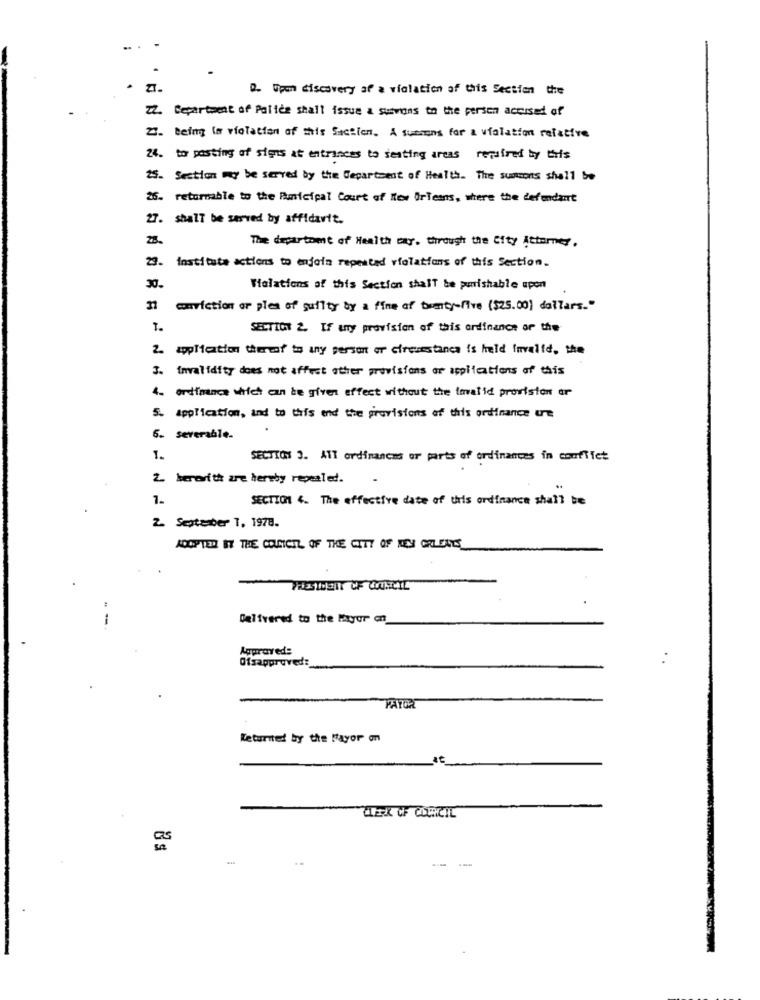
D. Upon discovery af a violation of this Section the
Z2. Department of Police shall issue a susvions to the person accused of
27. being In violation of this Sactien, A sutrons for a violation refatfre
24. to posting of signs at entrances to seating areas required by this
25. Section my be served by the department of Health. The summons shall be
26. returnable to the Municipal Court of New Orleans, where the defendant
27. shall be served by affidavit.
The department of Health car. through the City Attarnes .
29. Institute actions to enjoin repeated violations of this Section.
30.
Valations of this Section shall be punishable upon
3] conviction or ples of guilty by a fine of twenty-five ($25.00) dollars."
1.
SECTION 2. If any provision of this ordinance or the
2. application thereof to any person or cirquestanca is held Invalid, the
.imvalidity does not affect other provisions or applications of this
ordinance which can be given effect without the tmvalid provision ar
5. application, and to this end the provisions of this ordinance une
6. severable.
1.
SECTION 3. ATT ordinances or parts of ordinances in conflict
2. hererith are hereby repealed.
SECTION1 4. The effective date of this ordinance shall be
2. September T, 1978.
ADOPTED BY THE COUNCIL OF THE CITY OF KEY ORLEANS
Delivered to the Mayor an
Approved:
Ofsapproved:
PATOA
Returited by the Mayor on
CLERK CF CORCIL
8 $